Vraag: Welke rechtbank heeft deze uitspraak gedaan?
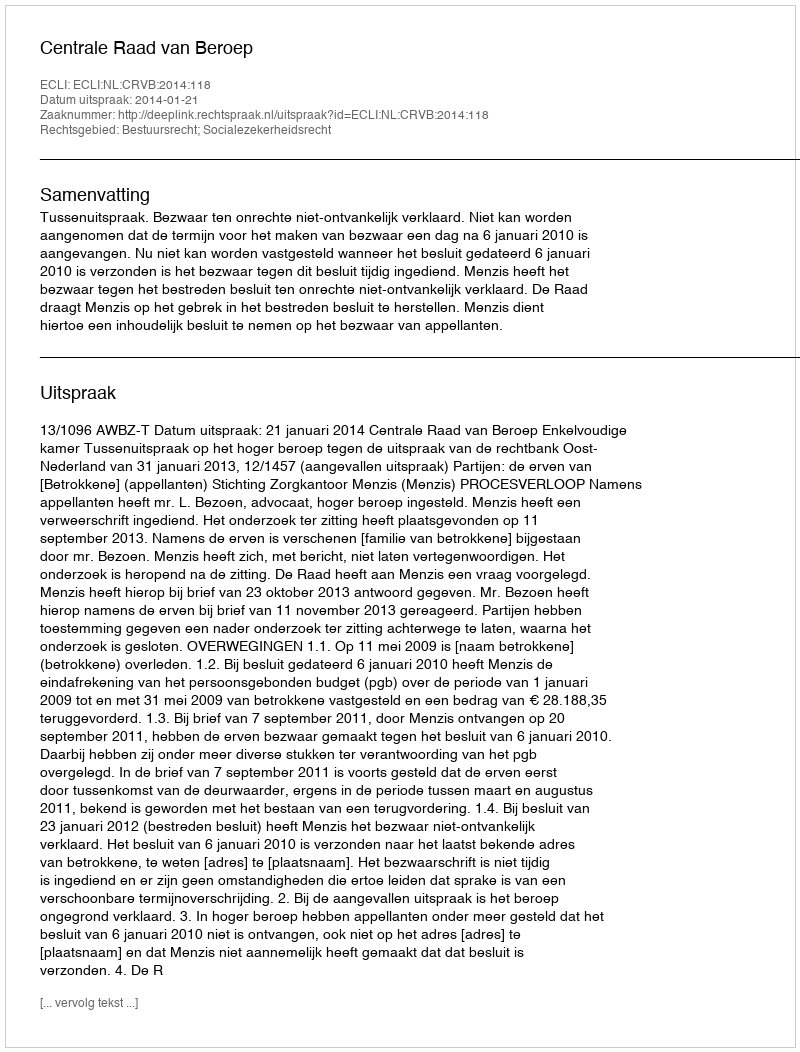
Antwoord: Centrale Raad van Beroep